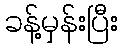
ခန့်မှန်းပြီး